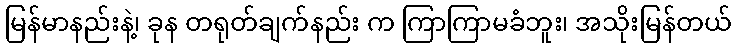
မြန်မာနည်းနဲ့၊ ခုန တရုတ်ချက်နည်း က ကြာကြာမခံဘူး၊ အသိုးမြန်တယ်